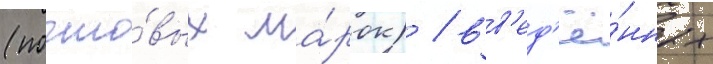
(почто́вых ма́рок) / вв'ед'ё́нных